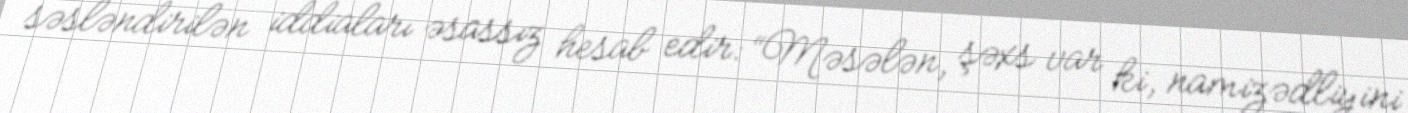
səsləndirilən iddiaları əsassız hesab edir: “Məsələn, şəxs var ki, namizədliyini